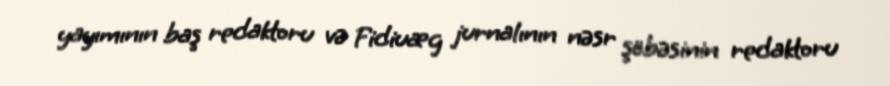
yayımının baş redaktoru və Fidiuæg jurnalının nəsr şöbəsinin redaktoru